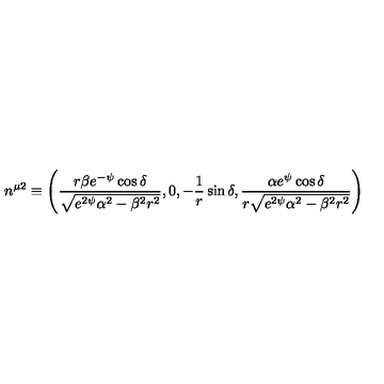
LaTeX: n ^ { \mu 2 } \equiv \left( \frac { r \beta e ^ { - \psi } \cos \delta } { \sqrt { e ^ { 2 \psi } \alpha ^ { 2 } - \beta ^ { 2 } r ^ { 2 } } } , 0 , - \frac { 1 } { r } \sin \delta , \frac { \alpha e ^ { \psi } \cos \delta } { r \sqrt { e ^ { 2 \psi } \alpha ^ { 2 } - \beta ^ { 2 } r ^ { 2 } } } \right)